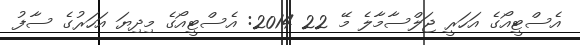
އެސްޓީއޯގެ އަހަރީ ޖަލްސާމާލެ މޭ 22 2014: އެސްޓީއޯގެ މިދިޔަ އަހަރުގެ ސާފު